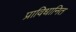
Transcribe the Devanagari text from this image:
प्राविधानित